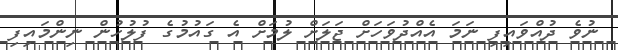
ނުވެ ދުއްވައިފި ނަމަ އެއްދުވަހަށް ޖަލަށް ލުމަށް އެ ގައުމުގެ ފުލުހުން ނިންމައިފި